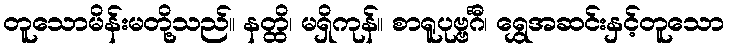
တူသောမိန်းမတို့သည်။ နတ္ထိ၊ မရှိကုန်။ စာရူပုဗ္ဗင်္ဂီ၊ ရွှေအဆင်းနှင့်တူသော